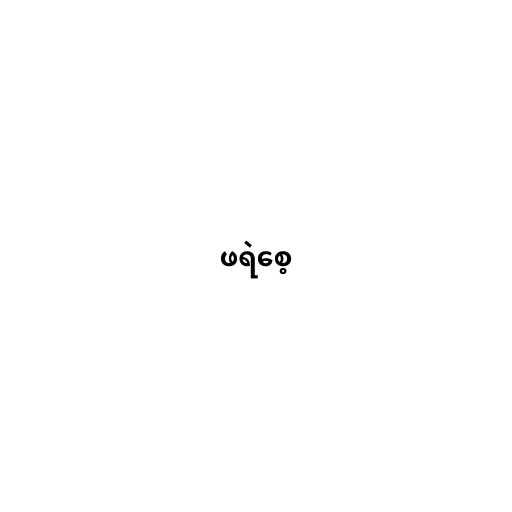
ဖရဲစေ့